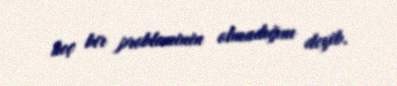
heç bir probleminin olmadığını deyib.